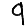
Digit: 9